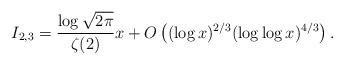
LaTeX: \begin{align*} I_{2,3}= \frac{\log\sqrt{2\pi}}{\zeta(2)} x + O\left((\log x)^{2/3}(\log\log x)^{4/3}\right). \end{align*}